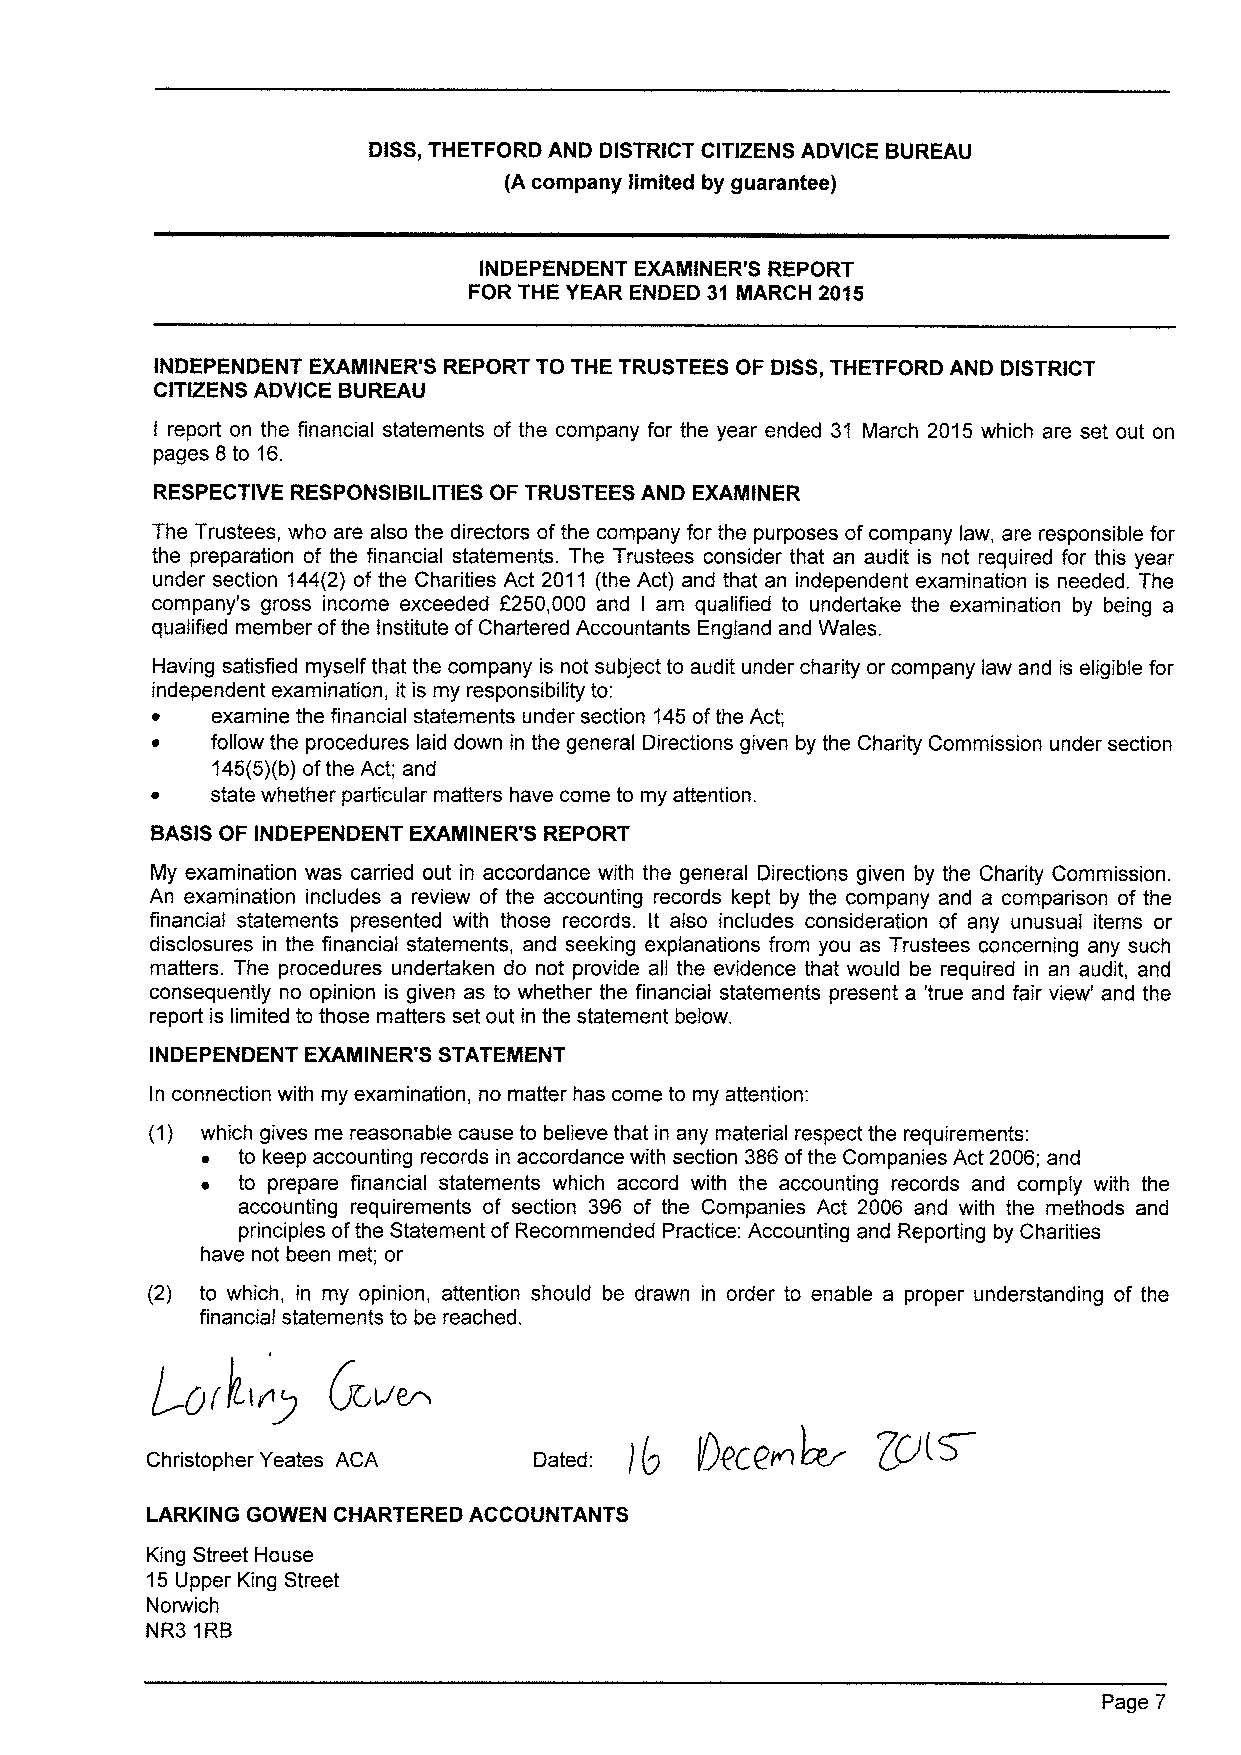
DISS,THETFORD AND DISTRICT CITIZENS ADVICE BUREAU
 (A company limited by guarantee)
 INDEPENDENT EXAMINER'S REPORT
 FOR THE YEAR ENDED 31 IIARCH 2015
 INDEPENDENT EXAMINER'S REPORT TO THE TRUSTEES OF DISS,THETFORD AND DISTRICT
 CITIZENS ADVICE BUREAU
 I report on the financial statements of the company for the year ended 31 March 2015 which are set out on
 pages 8to 16.
 RESPECTIVE RESPONSIBILITIES OF TRUSTEES AND EXAMINER
 The Trustees, who are also the directors of the company for the purposes ofcompany law, are responsible for
 the preparation of the financial statements. The Trustees consider that an audit is not required for this year
 under section 144(2) of the Charities Act 2011 (the Act) and that an independent examination is needed. The
 company's gross income exceeded F250,000 and I am qualified to undertake the examination by being a
 qualified member ofthe Institute ofChartered Accountants England and Wales.
 Having satisfied myself that the company is not subject to audit under charity or company law and is eligible for
 independent examination, it is my responsibility to:
 ~   examine the financial statements under section 145ofthe Act;
 ~   follow the procedures laid down in the general Directions given by the Charity Commission under section
 145(5)(b)ofthe Act; and
 ~   state whether particular matters have come to my attention.
 BASISOF INDEPENDENT EXAMINER'S REPORT
 My examination was carried out in accordance with the general Directions given by the Charity Commission.
 An examination includes a review of the accounting records kept by the company and a comparison of the
 financial statements presented with those records. It also includes consideration of any unusual items or
 disclosures in the financial statements, and seeking explanations from you as Trustees concerning any such
 matters. The procedures undertaken do not provide all the evidence that would be required in an audit, and
 consequently no opinion is given as to whether the financial statements present a 'true and fair view' and the
 report is limited to those matters set out in the statement below.
 INDEPENDENT EXAMINER'S STATEMENT
 In connection with my examination, no matter has come to my attention:
 (1) which gives me reasonable cause to believe that in any material respect the requirements:
 ~  to keep accounting records in accordance with section 386ofthe Companies Act 2006; and
 ~  to prepare financial statements which accord with the accounting records and comply with the
 accounting requirements of section 396 of the Companies Act 2006 and with the methods and
 principles ofthe Statement of Recommended Practice: Accounting and Reporting by Charities
 have not been met; or
 (2) to which, in my opinion, attention should be drawn in order to enable a proper understanding of the
 financial statements to be reached.
 Qll~
 (j(
 J    ILl Fp
 Christopher Yeates ACA
 LARKING GOWEN CHARTERED ACCOUNTANTS
 King Street House
 15Upper King Street
 Norwich
 NR3 1RB
 Page 7